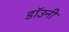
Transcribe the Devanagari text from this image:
डाॅउनी